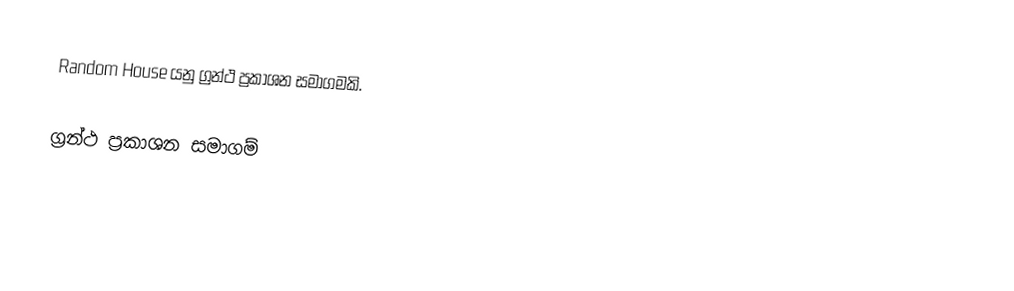
Random House යනු ග්‍රන්ථ ප්‍රකාශන සමාගමකි.

ග්‍රන්ථ ප්‍රකාශන සමාගම්